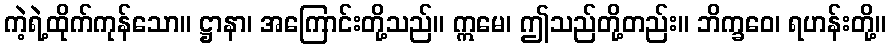
ကဲ့ရဲ့ထိုက်ကုန်သော။ ဋ္ဌာနာ၊ အကြောင်းတို့သည်။ ဣမေ၊ ဤသည်တို့တည်း။ ဘိက္ခဝေ၊ ရဟန်းတို့။